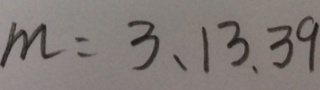
m = 3 、 1 3 、 3 9